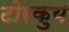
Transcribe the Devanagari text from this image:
टोरकुय